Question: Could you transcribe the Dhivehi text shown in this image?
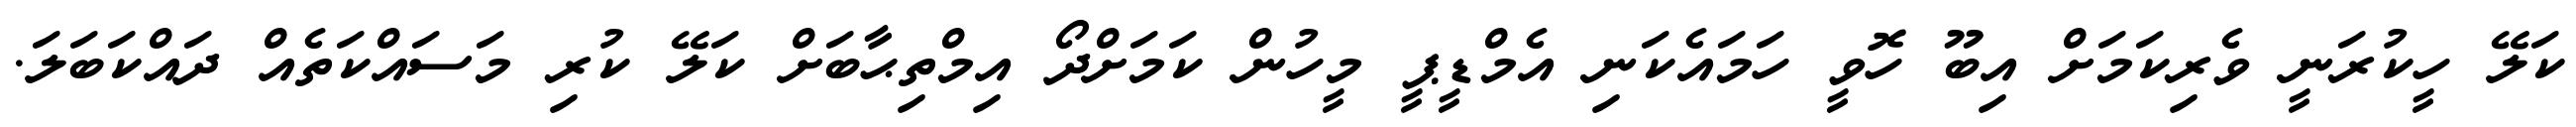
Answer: ކަލޭ ހީކުރަނީ ވެރިކަމަށް އިބޫ ހޮވީ ހަމައެކަނި އެމްޑީޕީ މީހުން ކަމަށްދޯ އިމްތިޙާބަށް ކަލޭ ކުރި މަސައްކަތެއް ދައްކަބަލަ.